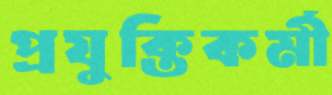
প্রযুক্তিকর্মী